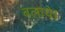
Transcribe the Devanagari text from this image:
बलाये।